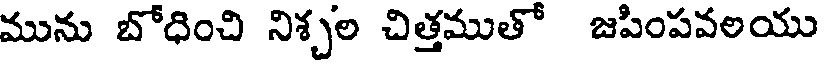
మును బోధించి నిశ్చల చిత్తముతో జపింపవలయు